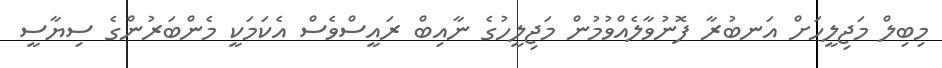
މިބިލް މަޖިލީހަށް އަނބުރާ ފޮނުވާލެއްވުމުން މަޖިލީހުގެ ނާއިބް ރައީސްވެސް އެކަމަކީ މެންބަރުންގެ ސިޔާސީ